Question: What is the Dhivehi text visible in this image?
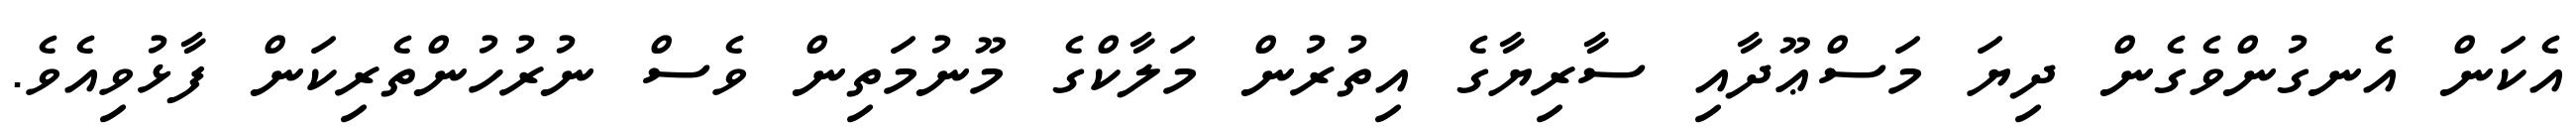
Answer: އެކަން އެނގުންވެގެން ދިޔަ މަސްޢޫދާއި ސާރިޔާގެ އިތުރުން މަލާކްގެ މޫނުމަތިން ވެސް ނުރުހުންތެރިކަން ފާޅުވިއެވެ.